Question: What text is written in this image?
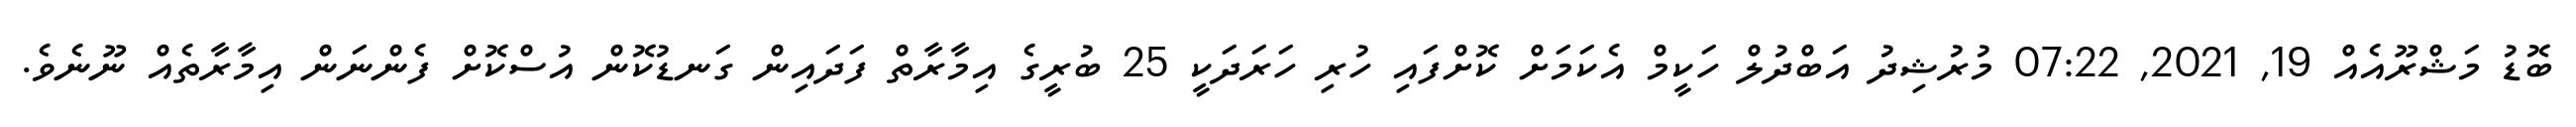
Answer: ބޮޑު މަޝްރޫއެއް 19, 2021, 07:22 މުރުޝިދު އަބްދުލް ހަކީމް އެކަމަށް ކޮށްފައި ހުރި ހަރަދަކީ 25 ބުރީގެ އިމާރާތް ފަދައިން ގަނޑުކޮން އުސްކޮށް ފެންނަން އިމާރާތެއް ނޫނެވެ.